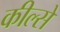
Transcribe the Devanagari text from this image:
कील्से